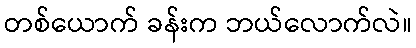
တစ်ယောက် ခန်းက ဘယ်လောက်လဲ။